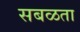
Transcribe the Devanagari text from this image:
सबळता